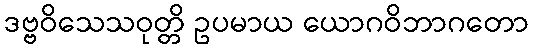
ဒဗ္ဗဝိသေသဝုတ္တိ ဥပမာယ ယောဂဝိဘာဂတော